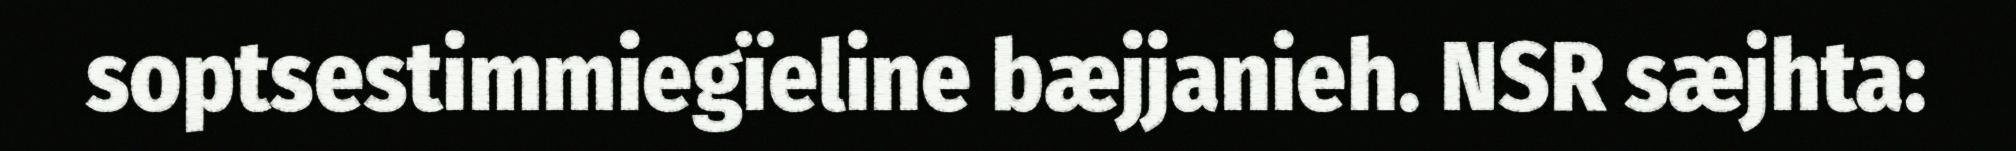
soptsestimmiegïeline bæjjanieh. NSR sæjhta: